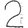
Digit: 2